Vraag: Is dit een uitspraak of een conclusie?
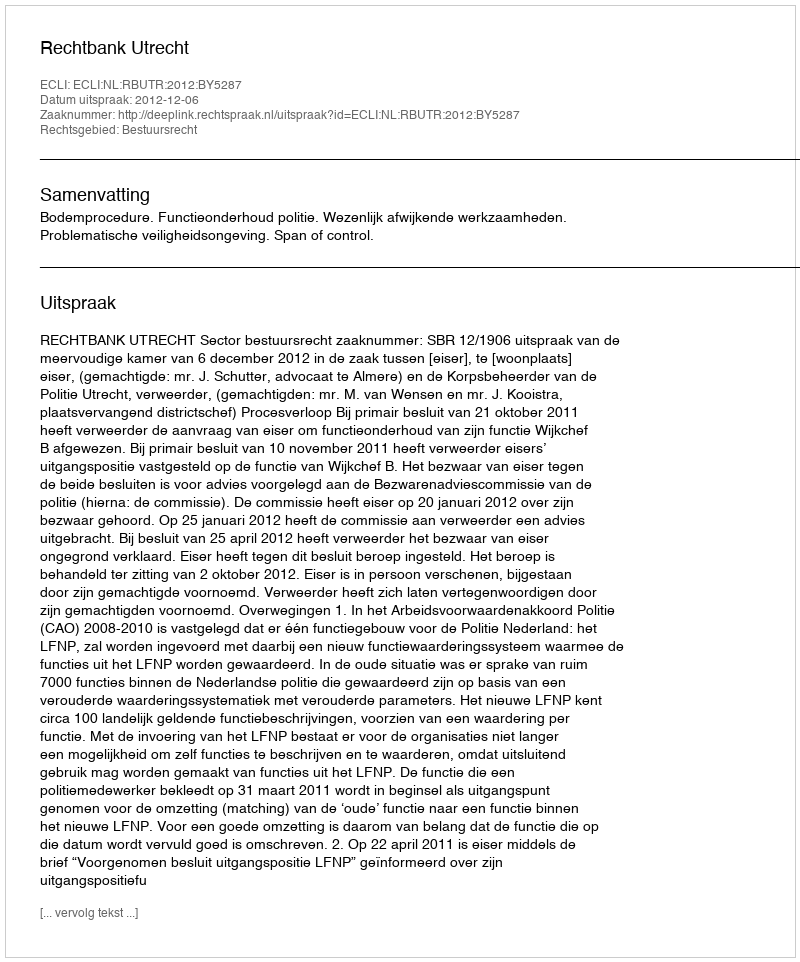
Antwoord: Uitspraak